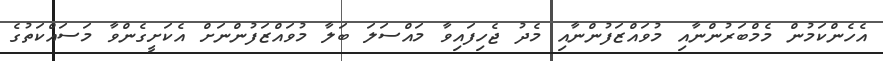
އެހެންކަމުން މެމްބަރުންނާއި މުވައްޒަފުންނާއި މެދު ޖެހިފައިވާ މައްސަލަ ބަލާ މުވައްޒަފުންނަށް އެކަށީގެންވާ މަސައްކަތުގެ